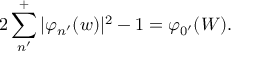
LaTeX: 2 \sum _ { n ^ { \prime } } ^ { + } | \varphi _ { n ^ { \prime } } ( w ) | ^ { 2 } - 1 = \varphi _ { 0 ^ { \prime } } ( W ) .